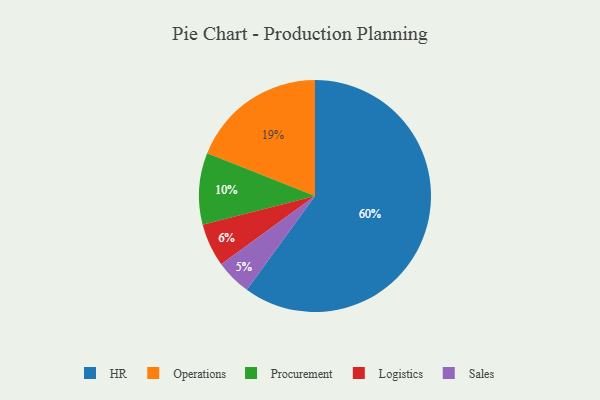
{"axis": {"x": "Category", "y": "Percentage"}, "legend": ["HR", "Logistics", "Operations", "Procurement", "Sales"], "data": [{"x": "Sales", "y": 5, "type": "Sales"}, {"x": "HR", "y": 60, "type": "HR"}, {"x": "Operations", "y": 19, "type": "Operations"}, {"x": "Procurement", "y": 10, "type": "Procurement"}, {"x": "Logistics", "y": 6, "type": "Logistics"}]}